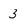
Character: 3